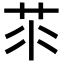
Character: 𦭅